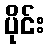
ပိုင်း